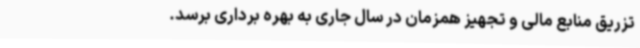
تزریق منابع مالی و تجهیز همزمان در سال جاری به بهره برداری برسد.